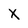
Character: X